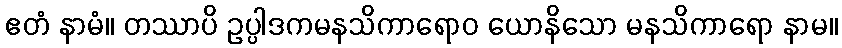
ဧတံ နာမံ။ တဿာပိ ဥပ္ပါဒကမနသိကာရောဝ ယောနိသော မနသိကာရော နာမ။